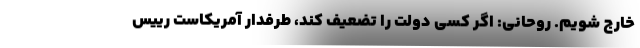
خارج شویم. روحانی: اگر کسی دولت را تضعیف کند، طرفدار آمریکاست رییس